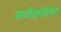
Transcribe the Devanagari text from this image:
कवींद्रचंद्रिका